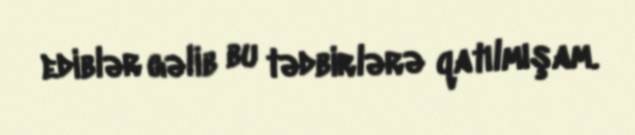
ediblər gəlib bu tədbirlərə qatılmışam.